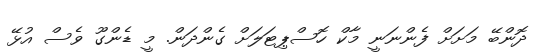
ދޮންބޭ މަށަށް ފެންނަނީ މާކް ހޮސްޕިޓަލަށް ގެންދަން. މީ ޑެންގޫ ވެސް އުޅޭ